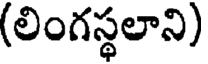
(లింగస్థలాని)